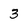
Character: 3